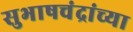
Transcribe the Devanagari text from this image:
सुभाषचंद्रांच्या